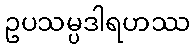
ဥပသမ္ပဒါရဟဿ